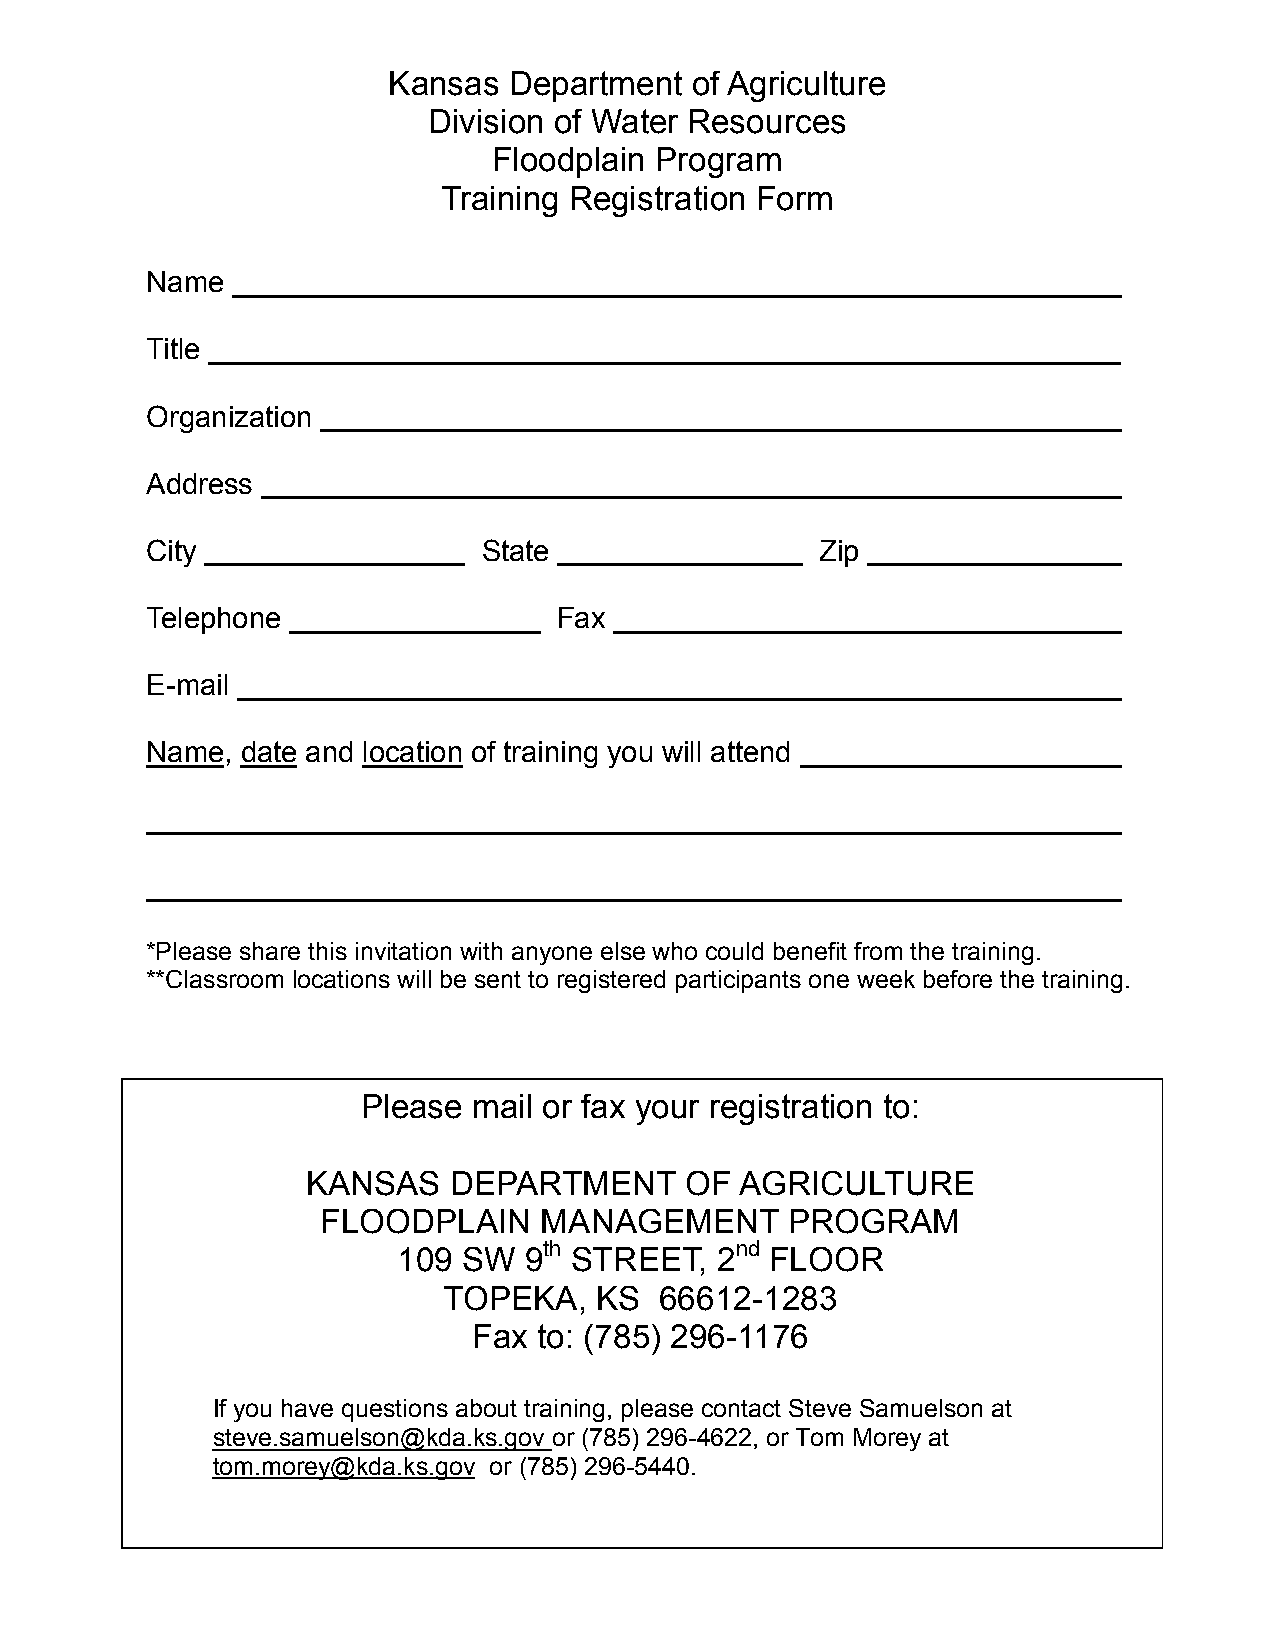
Kansas  Department  of Agriculture
 Division of Water Resources
 Floodplain Program
 Training Registration Form
 Name
 Title
 Organization
 Address
 City                  State                 Zip
 Telephone                  Fax
 E-mail
 Name, date and location of training you will attend
 *Please share this invitation with anyone else who could benefit from the training.
 **Classroom locations will be sent to registered participants one week before the training.
 Please mail or fax your registration to:
 KANSAS    DEPARTMENT     OF  AGRICULTURE
 FLOODPLAIN     MANAGEMENT      PROGRAM
 th           nd
 109  SW  9  STREET,  2   FLOOR
 TOPEKA,   KS   66612-1283
 Fax  to: (785) 296-1176
 If you have questions about training, please contact Steve Samuelson at
 steve.samuelson@kda.ks.gov or (785) 296-4622, or Tom Morey at
 tom.morey@kda.ks.gov or (785) 296-5440.